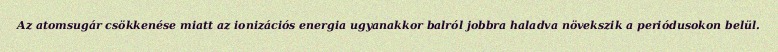
Az atomsugár csökkenése miatt az ionizációs energia ugyanakkor balról jobbra haladva növekszik a periódusokon belül.